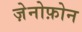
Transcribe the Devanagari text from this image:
ज़ेनोफ़ोन